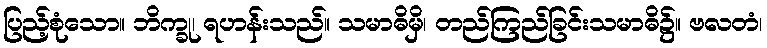
ပြည့်စုံသော။ ဘိက္ခု၊ ရဟန်းသည်။ သမာဓိမှိ၊ တည်ကြည်ခြင်းသမာဓိ၌။ ဗလတံ၊